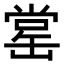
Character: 𦈹